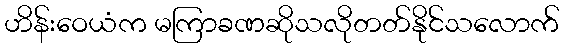
ဟိန်းဝေယံက မကြာခဏဆိုသလိုတတ်နိုင်သလောက်